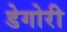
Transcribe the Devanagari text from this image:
डेगोरी